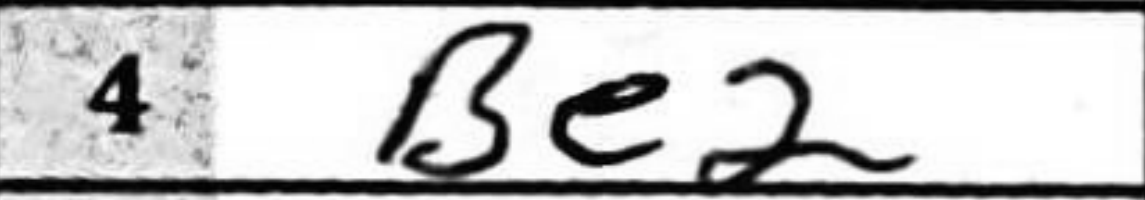
Transcription: Be2